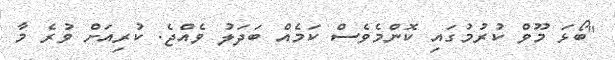
"ބޯޅަ މޫވް ކުރުމުގައި ކޮންމެވެސް ކަމެއް ބަދަލު ވެއްޖެ. ކުރިއަށް ވުރެ މާ